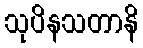
သုပိနသတာနိ